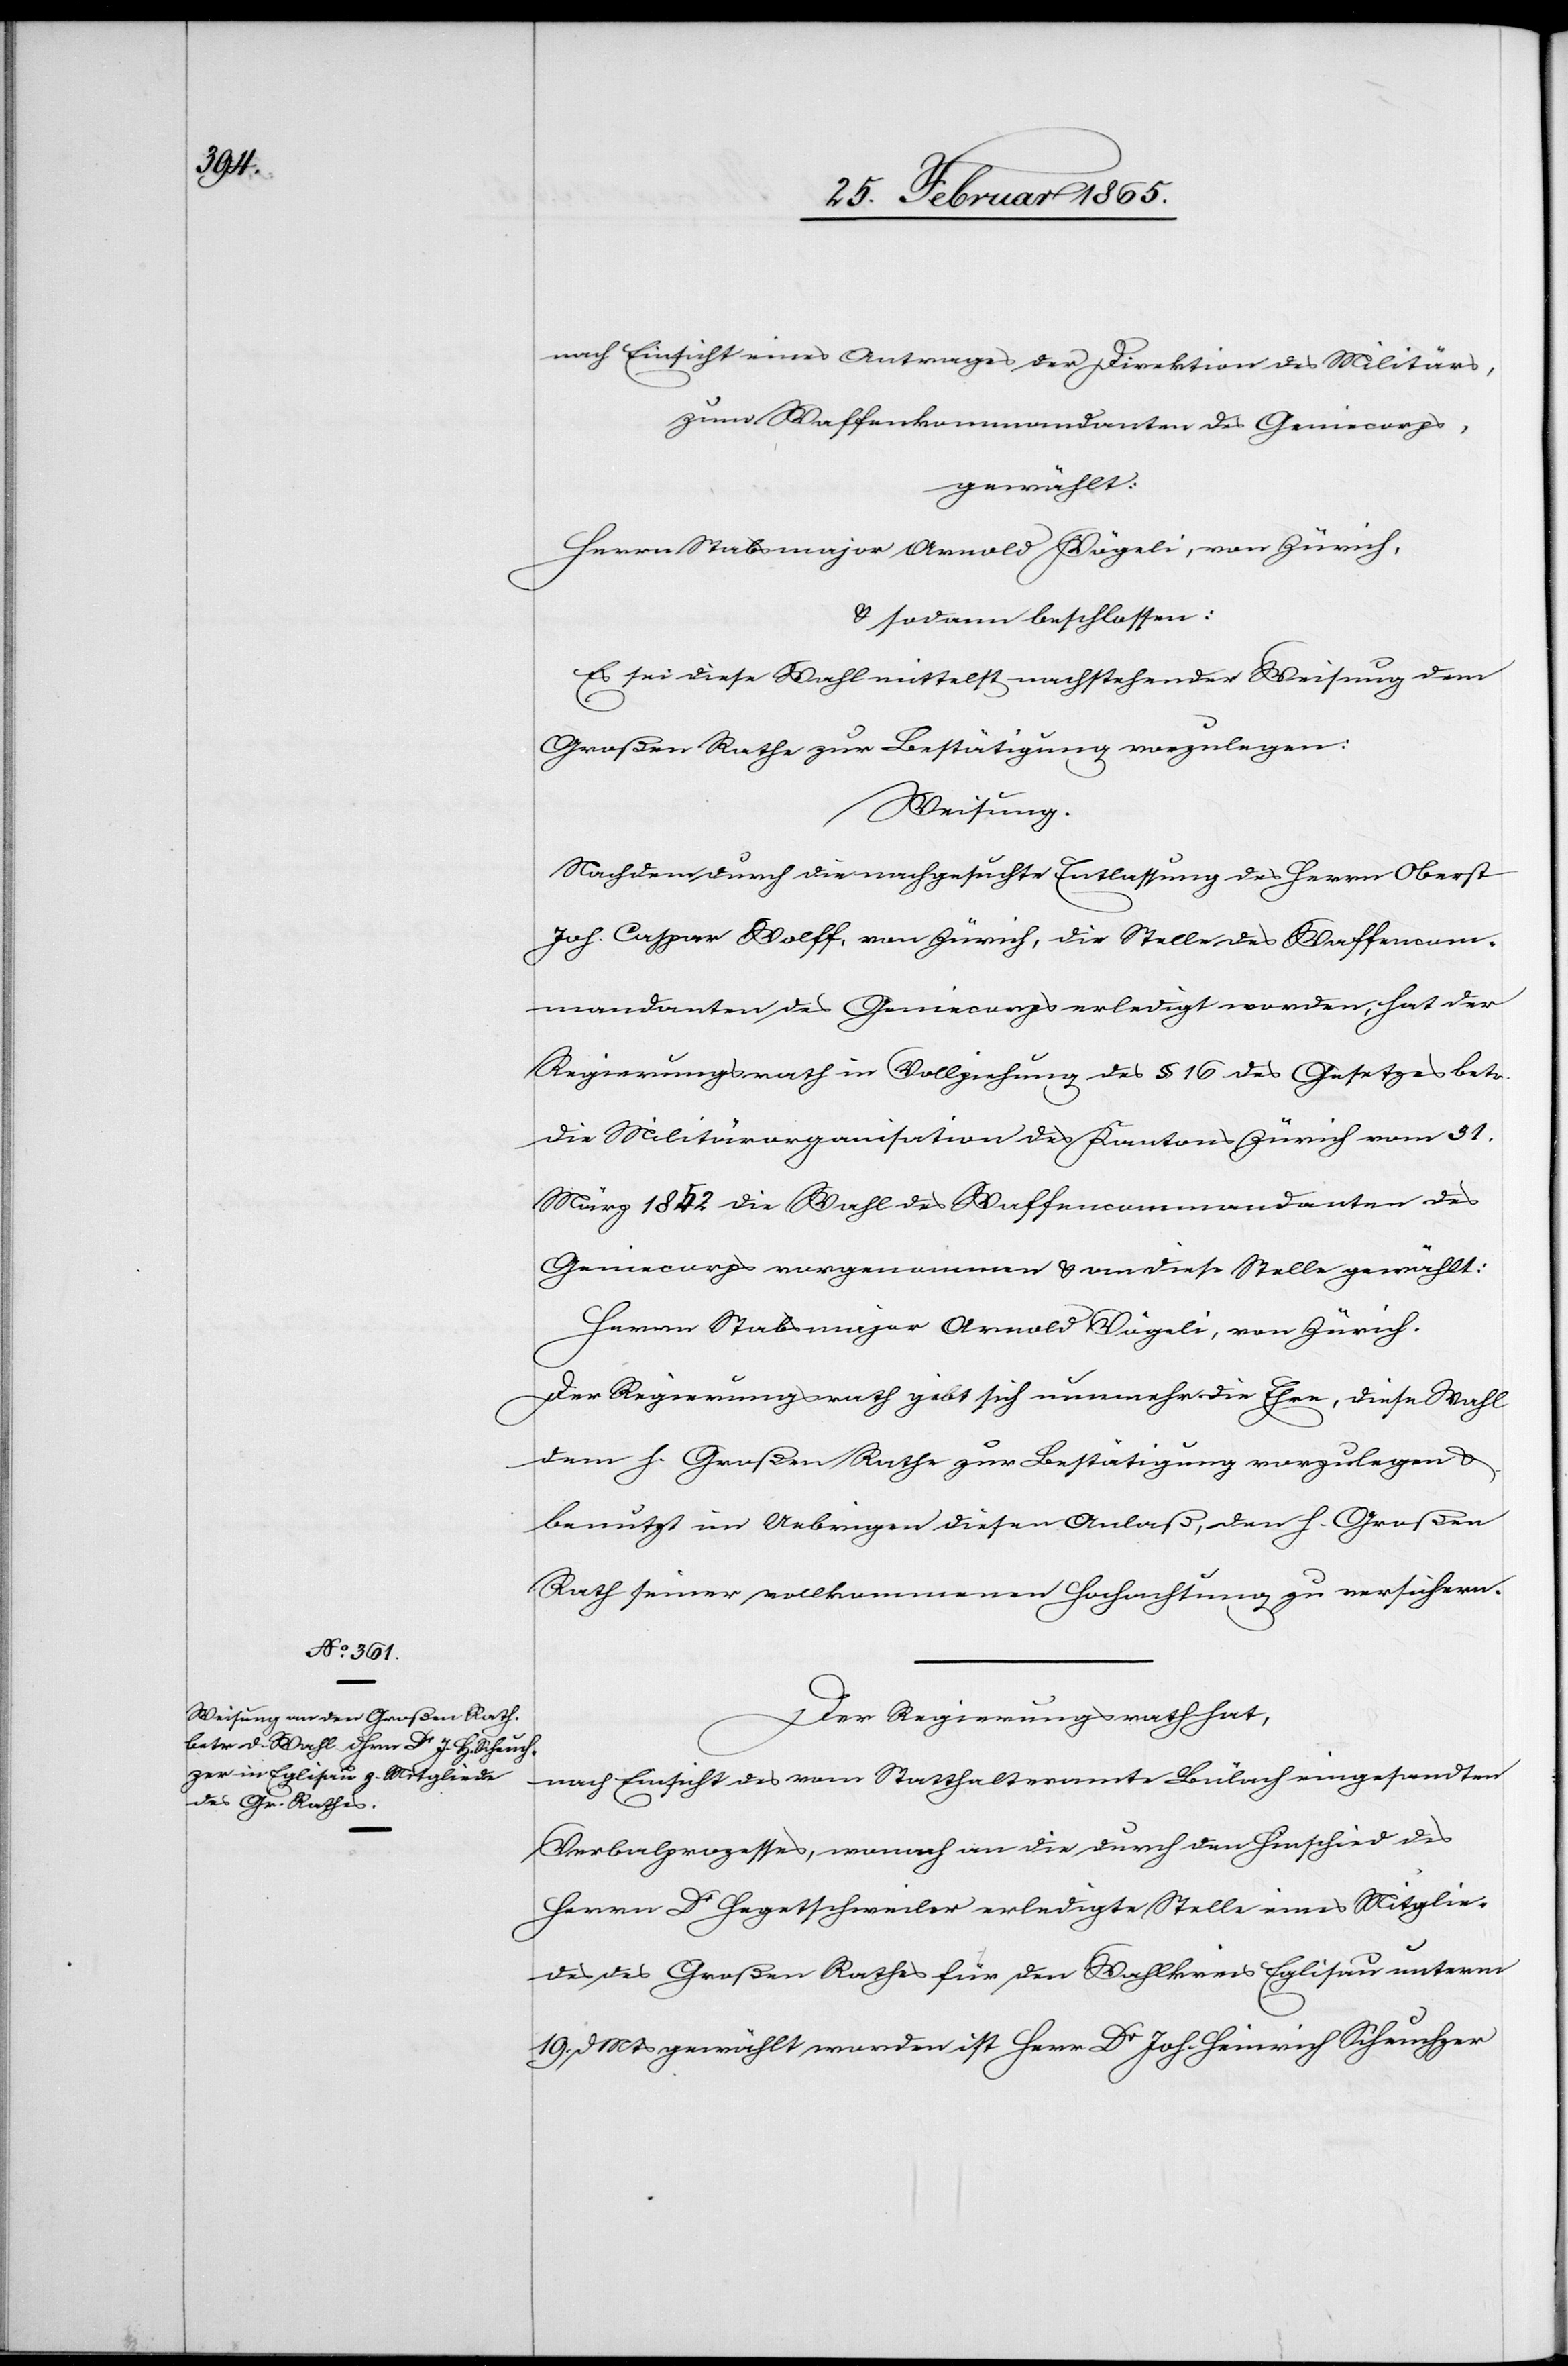
nach Einsicht eines Antrages der Direktion des Militärs,
zum Waffenkommandanten des Geniecorps,
gewählt:
Herrn Stabsmajor Arnold Vögeli, von Zürich.
u. sodann beschlossen:
Es sei diese Wahl mittelst nachstehender Weisung dem
Großen Rathe zur Bestätigung vorzulegen:
Weisung.
Nachdem durch die nachgesuchte Entlassung des Herrn Oberst
Joh. Caspar Wolff, von Zürich, die Stelle des Waffencom¬
mandanten des Geniecorps erledigt worden, hat der
Regierungsrath in Vollziehung des § 16 des Gesetzes betr.
die Militärorganisation des Kantons Zürich vom 31.
März 1852 die Wahl des Waffencommandanten des
Geniecorps vorgenommen u. an diese Stelle gewählt:
Der Regierungsrath gibt sich nunmehr die Ehre, diese Wahl
dem h. Großen Rathe zur Bestätigung vorzulegen u.
benutzt im Uebrigen diesen Anlaß, den h. Großen
Rath seiner vollkommenen Hochachtung zu versichern.
Der Regierungsrath hat,
nach Einsicht des vom Statthalteramte Bülach eingesandten
Verbalprozesses, wonach an die durch den Hinschied des
Herrn Dr Hegetschweiler erledigte Stelle eines Mitglie¬
des des Großen Rathes für den Wahlkreis Eglisau unterm
19. d Mts gewählt worden ist Hrr Dr Joh. Heinrich Scheuchzer